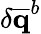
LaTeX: \delta\mathbf{\overline{{q}}}^{b}